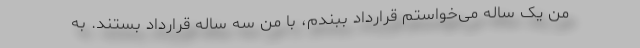
من یک ساله می‌خواستم قرارداد ببندم، با من سه ساله قرارداد بستند. به